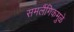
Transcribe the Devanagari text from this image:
समलैंगिकमुळे